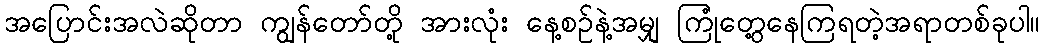
အပြောင်းအလဲဆိုတာ ကျွန်တော်တို့ အားလုံး နေ့စဉ်နဲ့အမျှ ကြုံတွေ့နေကြရတဲ့အရာတစ်ခုပါ။